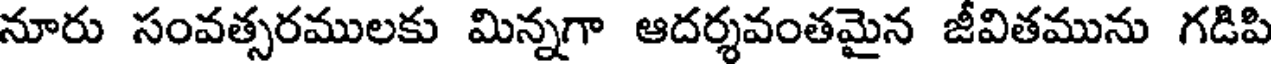
నూరు సంవత్సరములకు మిన్నగా ఆదర్శవంతమైన జీవితమును గడిపి